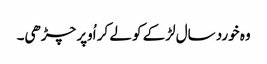
وہ خورد سال لڑکے کو لے کر اُوپر چڑھی۔